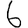
Digit: 6